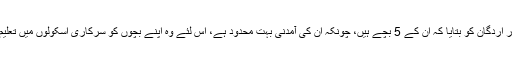
یلدریم نے صدر اردگان کو بتایا کہ ان کے 5 بچے ہیں، چونکہ ان کی آمدنی بہت محدود ہے، اس لئے وہ اپنے بچوں کو سرکاری اسکولوں میں تعلیم دلوا رہے ہیں۔